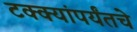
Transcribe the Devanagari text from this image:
टक्क्यांपर्यंतचे